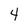
Character: 4